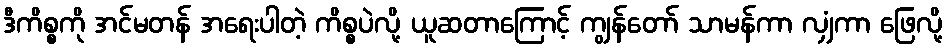
ဒီကိစ္စကို အင်မတန် အရေးပါတဲ့ ကိစ္စပဲလို့ ယူဆတာကြောင့် ကျွန်တော် သာမန်ကာ လျှံကာ ဖြေလို့